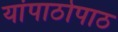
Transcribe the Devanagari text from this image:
यांपाठोपाठ